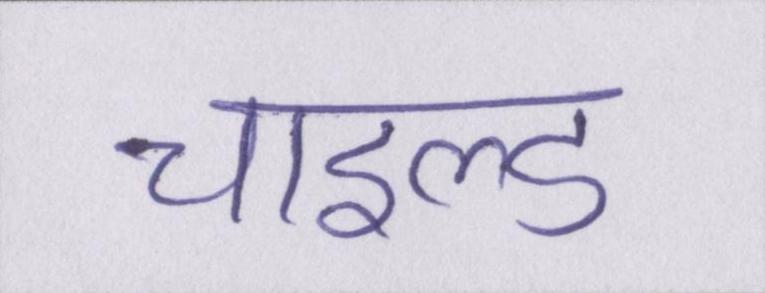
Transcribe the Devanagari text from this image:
चाइल्ड